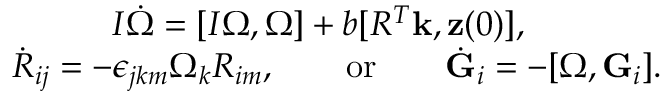
\begin{array} { r } { I \dot { \boldsymbol \Omega } = [ I { \boldsymbol \Omega } , { \boldsymbol \Omega } ] + b [ R ^ { T } { \bf k } , { \bf z } ( 0 ) ] , \qquad \qquad } \\ { \dot { R } _ { i j } = - \epsilon _ { j k m } \Omega _ { k } R _ { i m } , \qquad \mathrm { o r } \qquad \dot { \bf G } _ { i } = - [ { \boldsymbol \Omega } , { \bf G } _ { i } ] . } \end{array}